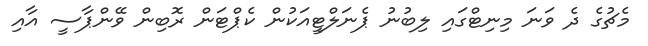
މެޗުގެ ދެ ވަނަ މިނިޓްގައި ލިބުނު ޕެނަލްޓީއަކުން ކެޕްޓަން ރޮބިން ވޭންޕާސީ އާއި